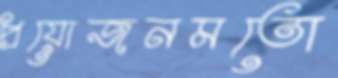
প্রয়োজনমতো